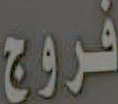
فروج